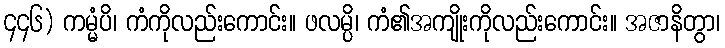
၄၄၆) ကမ္မံပိ၊ ကံကိုလည်းကောင်း။ ဖလမ္ပိ၊ ကံ၏အကျိုးကိုလည်းကောင်း။ အဇာနိတွာ၊